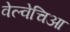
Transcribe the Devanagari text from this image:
वेल्वेचिआ